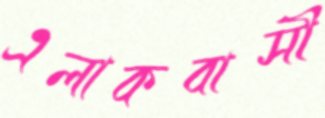
এলাকবাসী